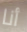
أنا